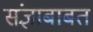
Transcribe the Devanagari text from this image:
संज्ञाबाबत